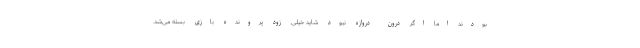
بودند اما اگر درون دروازه نبود شاید خیلی زود پرونده بازی بسته می‌شد.